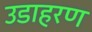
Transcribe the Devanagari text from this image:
उडाहरण